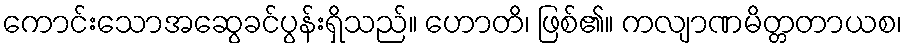
ကောင်းသောအဆွေခင်ပွန်းရှိသည်။ ဟောတိ၊ ဖြစ်၏။ ကလျာဏမိတ္တတာယစ၊